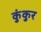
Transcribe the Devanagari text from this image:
कुंकुर